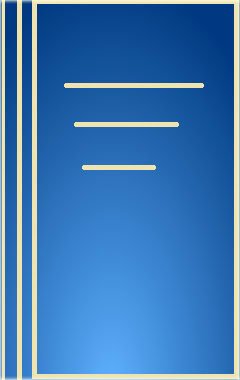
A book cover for Organic Photochemistry, Vol. 10; Science & Math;